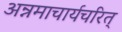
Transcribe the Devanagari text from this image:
अन्नमाचार्यचरित्